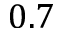
0 . 7